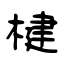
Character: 楗